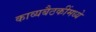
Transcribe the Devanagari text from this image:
काव्यबैठकींमध्ये